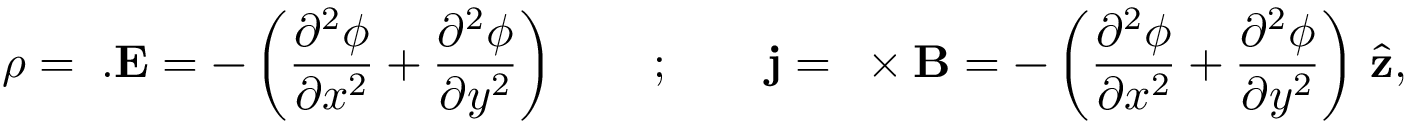
\rho = { \bf \nabla } . { \bf E } = - \left( { \frac { \partial ^ { 2 } \phi } { \partial x ^ { 2 } } } + { \frac { \partial ^ { 2 } \phi } { \partial y ^ { 2 } } } \right) \qquad ; \qquad { \bf j } = { \bf \nabla } \times { \bf B } = - \left( { \frac { \partial ^ { 2 } \phi } { \partial x ^ { 2 } } } + { \frac { \partial ^ { 2 } \phi } { \partial y ^ { 2 } } } \right) \, { \hat { \bf z } } ,